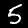
Digit: 5